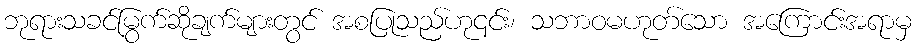
ဘုရားသခင်မြွက်ဆိုချက်များတွင် အစပြုသည်ဟု၎င်း၊ သဘာဝမဟုတ်သော အကြောင်းအရာမှ